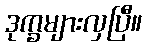
ဒုက္ခများလှပြီ။